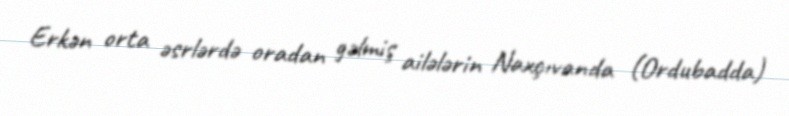
Erkən orta əsrlərdə oradan gəlmiş ailələrin Naxçıvanda (Ordubadda)